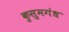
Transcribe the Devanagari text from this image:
कुसुमगंध